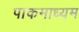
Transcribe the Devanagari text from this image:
पाकमाध्यम